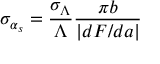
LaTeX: \sigma _ { \alpha _ { s } } = \frac { \sigma _ { \Lambda } } { \Lambda } \frac { \pi b } { \left| d F / d a \right| }